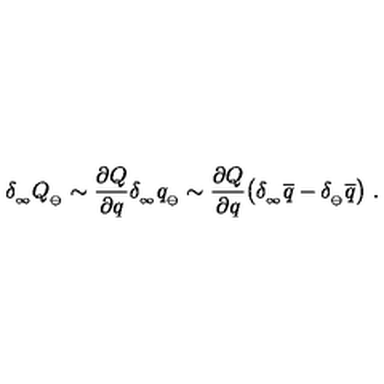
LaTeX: \delta _ { _ \infty } Q _ { _ { \ominus } } \sim { \frac { \partial Q } { \partial q } } \delta _ { _ \infty } q _ { _ { \ominus } } \sim { \frac { \partial Q } { \partial q } } \big ( \delta _ { _ \infty } \overline { { q } } - \delta _ { _ \ominus } \overline { { q } } \big ) \ .